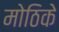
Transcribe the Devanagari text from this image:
मोठिके